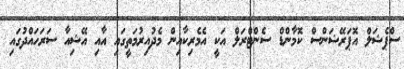
ސްޕެޝަލް އޮޕަރޭޝަންސް ކޮމާންޑް ސެންޓްރަލް އަކީ އެމެރިކާއިން މެދުއިރުމަތީގައި އާއި އޭޝިއާ ސަރަހައްދުގައި